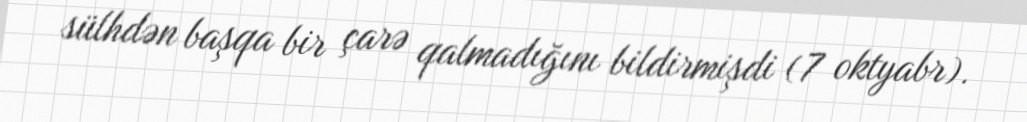
sülhdən başqa bir çarə qalmadığını bildirmişdi (7 oktyabr).